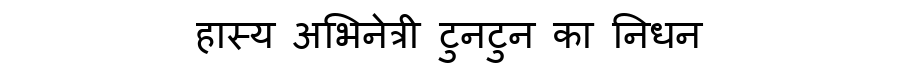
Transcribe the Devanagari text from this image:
हास्य अभिनेत्री टुनटुन का निधन